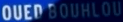
OUER BOURLOUV